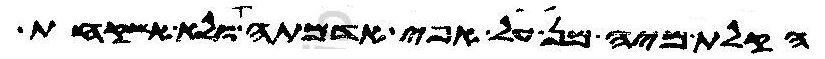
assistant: הקלת מיה מן על אפי אדמתה ולא אשקחת